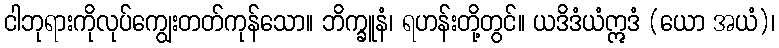
ငါဘုရားကိုလုပ်ကျွေးတတ်ကုန်သော။ ဘိက္ခူနံ၊ ရဟန်းတို့တွင်။ ယဒိဒံယံဣဒံ (ယော အယံ)၊